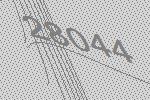
28044